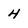
Character: 4